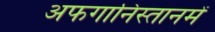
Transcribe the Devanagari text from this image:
अफगानिस्तानमें